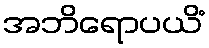
အဘိရောပယိံ